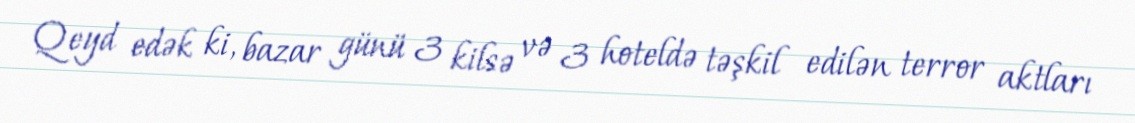
Qeyd edək ki, bazar günü 3 kilsə və 3 hoteldə təşkil edilən terror aktları